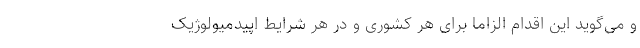
و می‌گوید این اقدام الزاما برای هر کشوری و در هر شرایط اپیدمیولوژیک